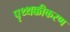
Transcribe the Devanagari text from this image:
पृथ्थक्कीकरण